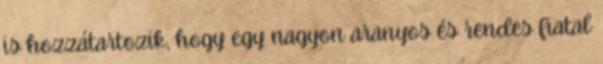
is hozzátartozik, hogy egy nagyon aranyos és rendes fiatal